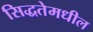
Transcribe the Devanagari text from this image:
सिद्धतेमधील